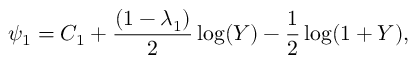
\psi _ { 1 } = C _ { 1 } + \frac { ( 1 - \lambda _ { 1 } ) } { 2 } \log ( Y ) - \frac { 1 } { 2 } \log ( 1 + Y ) ,